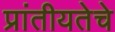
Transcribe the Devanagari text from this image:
प्रांतीयतेचे